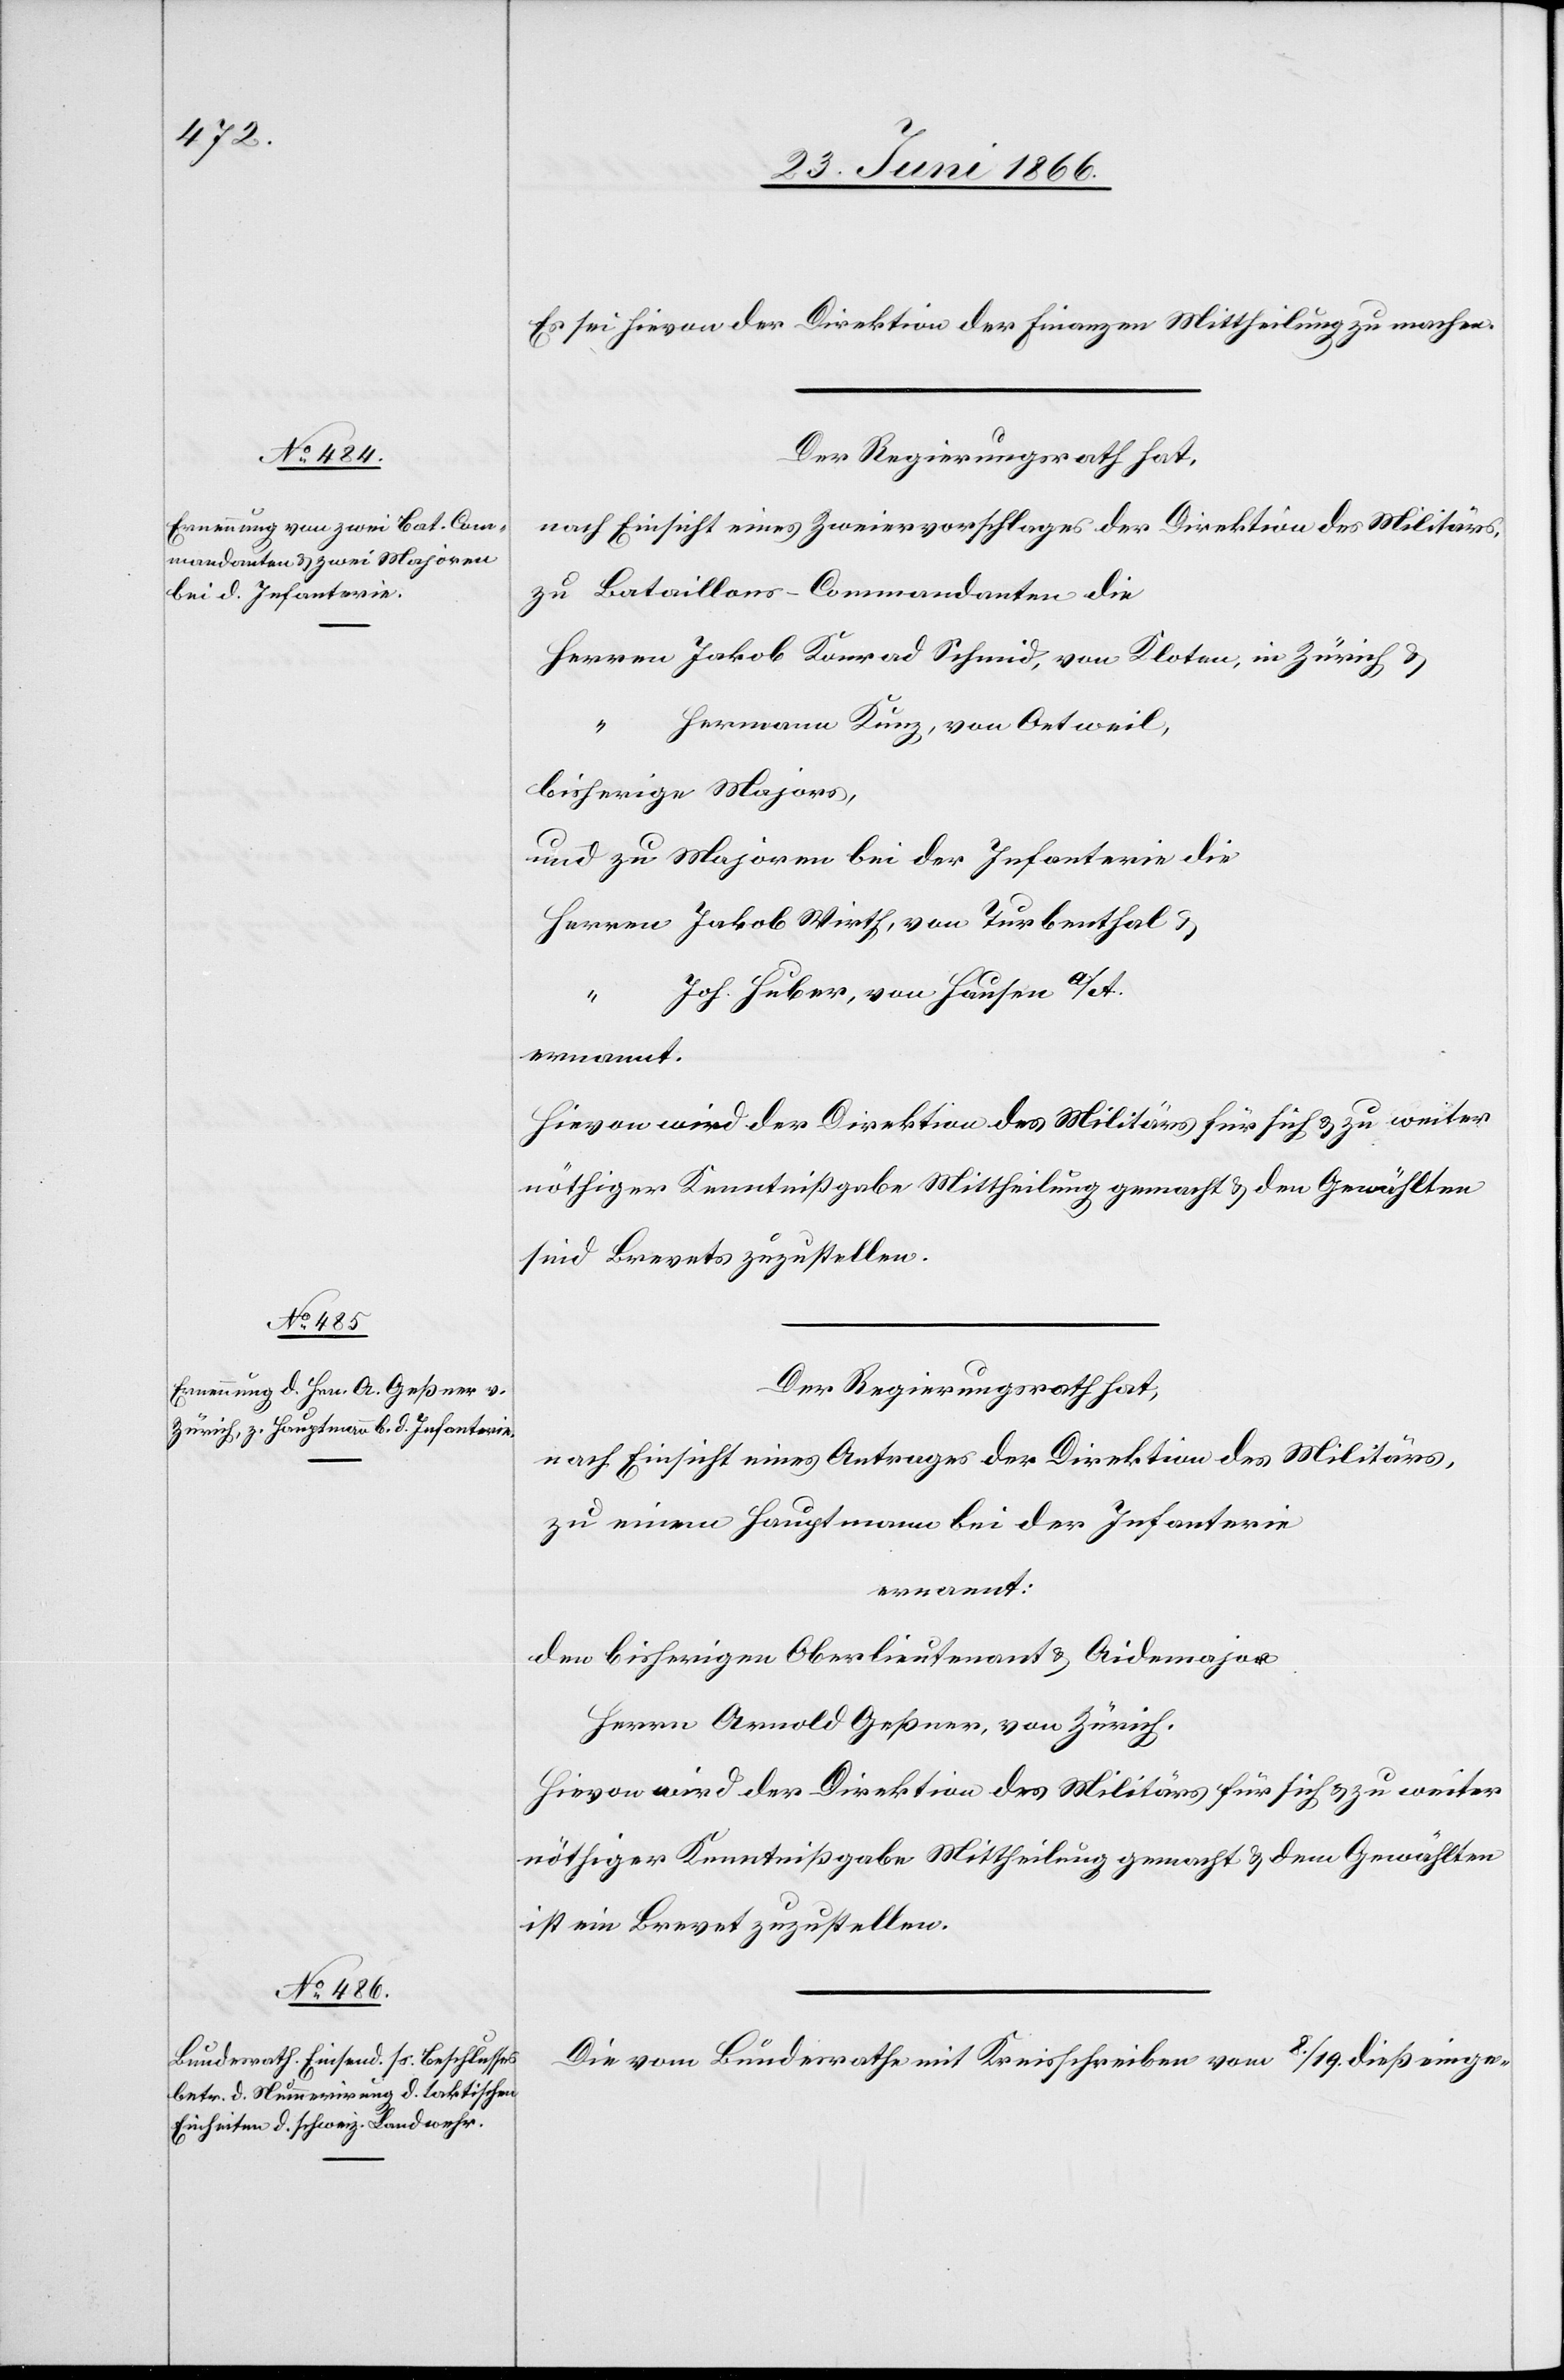
Es sei hievon der Direktion der Finanzen Mittheilung zu machen.
Der Regierungsrath hat,
nach Einsicht eines Zweiervorschlages der Direktion des Militärs,
zu Bataillons-Commandanten die
Hermann Kunz, von Oetweil,
bisherige Majors,
und zu Majoren bei der Infanterie die
Joh. Huber, von Hausen a/A
Hievon wird der Direktion des Militäres für sich u. zu weiter
nöthiger Kenntnißnahme Mittheilung gemacht u. den Gewählten
sind Brevets zuzustellen.
Der Regierungsrath hat,
nach Einsicht eines Antrages der Direktion des Militärs,
zu einem Hauptmann bei der Infanterie
ernannt:
den bisherigen Oberlieutenant u. Aidmajor
Herrn Arnold Geßner, von Zürich.
Hievon wird der Direktion des Militärs für sich u. zu weiter
nöthiger Kenntnißgabe Mittheilung gemacht u. dem Gewählten
ist ein Brevet zuzustellen.
Die vom Bundesrathe mit Kreisschreiben vom 8./19. dieß einge-